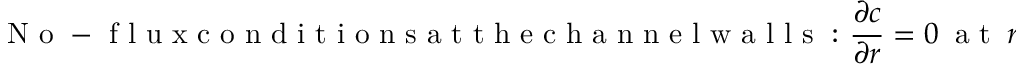
\mathrm { ~ N ~ o ~ - ~ f ~ l ~ u ~ x ~ c ~ o ~ n ~ d ~ i ~ t ~ i ~ o ~ n ~ s ~ a ~ t ~ t ~ h ~ e ~ c ~ h ~ a ~ n ~ n ~ e ~ l ~ w ~ a ~ l ~ l ~ s ~ : ~ } \frac { \partial c } { \partial r } = 0 ~ \mathrm { ~ a ~ t ~ } ~ r = 1 ,